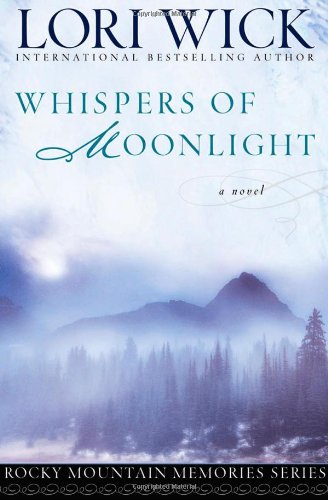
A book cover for Whispers of Moonlight (Rocky Mountain Memories #2); Lori Wick; Christian Books & Bibles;